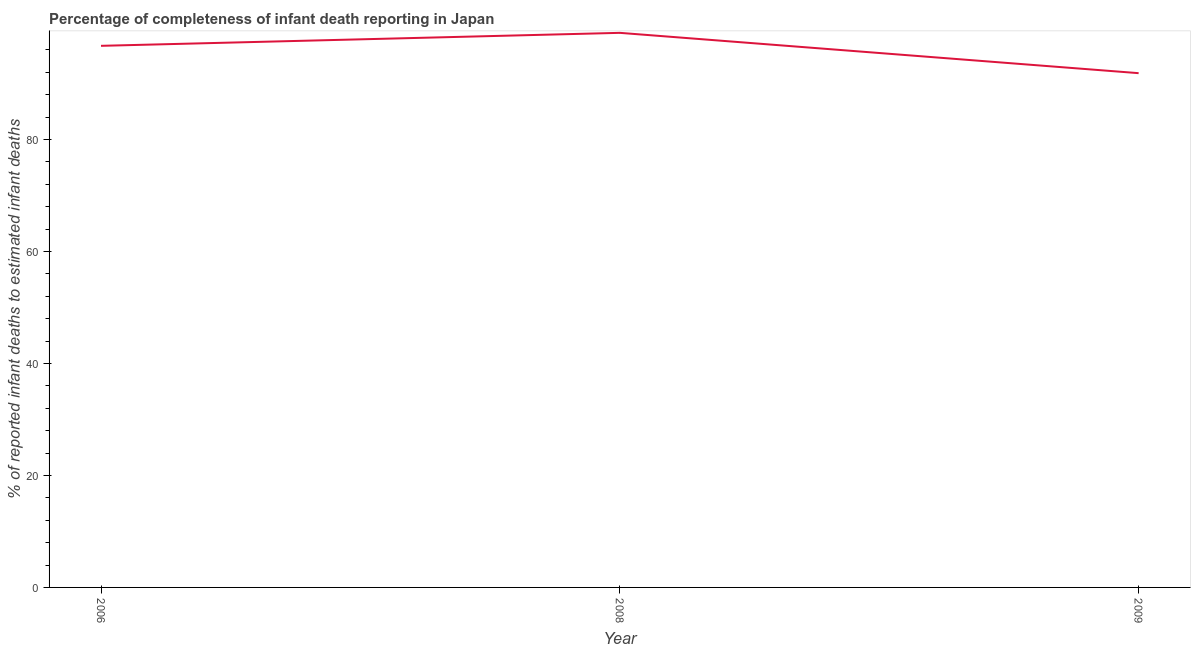
| Year | Completeness of infant death reporting |
 | --- | --- |
 | 2006 | 96.7 |
 | 2008 | 99 |
 | 2009 | 91.8 |